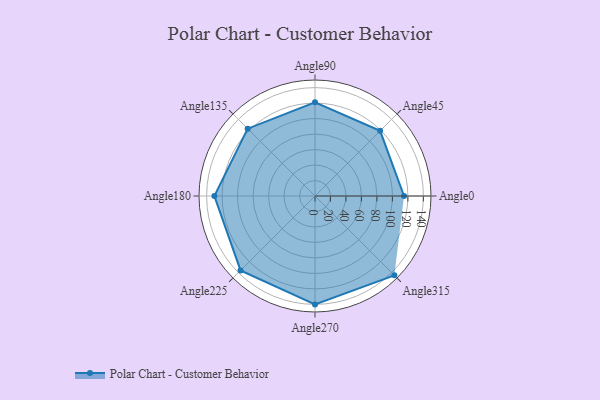
{"axis": {"x": "Angle", "y": "Radius"}, "legend": [""], "data": [{"x": "Angle0", "y": 115.0, "type": ""}, {"x": "Angle45", "y": 119.0, "type": ""}, {"x": "Angle90", "y": 121.0, "type": ""}, {"x": "Angle135", "y": 123.0, "type": ""}, {"x": "Angle180", "y": 130.0, "type": ""}, {"x": "Angle225", "y": 136.0, "type": ""}, {"x": "Angle270", "y": 140.0, "type": ""}, {"x": "Angle315", "y": 145.0, "type": ""}]}